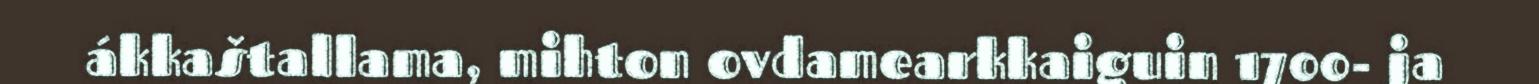
ákkaštallama, mihton ovdamearkkaiguin 1700- ja